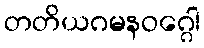
တတိယဂမနဝဂ္ဂေါ